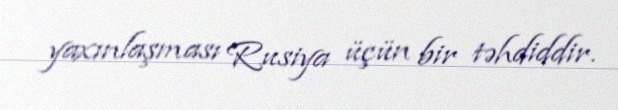
yaxınlaşması Rusiya üçün bir təhdiddir.